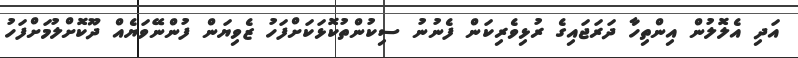
އަދި އެލޮލުން އިންތިހާ ދަރަޖައިގެ ރުޅިވެރިކަން ފެނުނު ސިކުންތުކޮޅަކަށްފަހު ޒެވިޔަން ފުންނޭވަޔެއް ދޫކޮށްލުމަށްފަހު